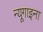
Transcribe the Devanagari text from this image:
न्यूगाइना